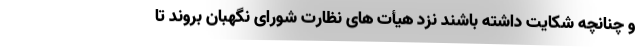
و چنانچه شکایت داشته باشند نزد هیأت های نظارت شورای نگهبان بروند تا